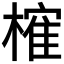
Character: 𣙜